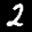
Label: 2